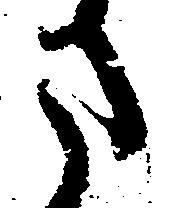
ま